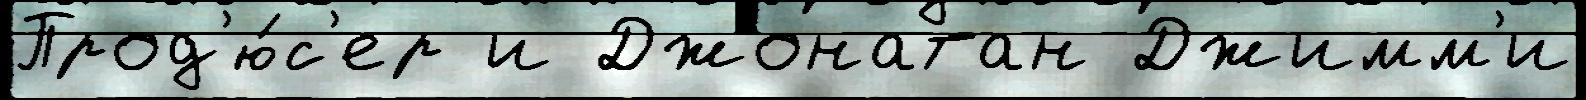
Прод'ю́с'ер и Джонатан Джимм'и